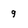
Character: 9